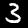
Label: 3